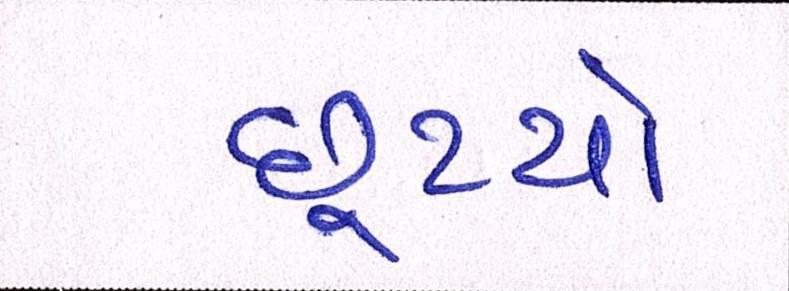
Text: છૂટયો